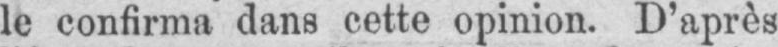
le confirma dans cette opinion. D’après